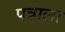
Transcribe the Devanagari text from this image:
पत्राला